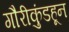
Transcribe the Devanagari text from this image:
गौरीकुंडहून